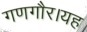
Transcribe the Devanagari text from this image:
गणगौर।यह